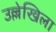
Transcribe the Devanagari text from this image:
उल्लेखिला